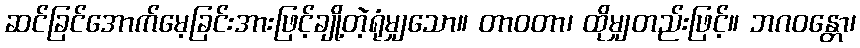
ဆင်ခြင်အောက်မေ့ခြင်းအားဖြင့်ချို့တဲ့ရုံမျှသော။ တာဝတာ၊ ထိုမျှတည်းဖြင့်။ ဘဂဝန္တော၊